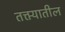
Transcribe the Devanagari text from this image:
तक्त्यातील